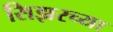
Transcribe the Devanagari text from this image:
सिझरच्या